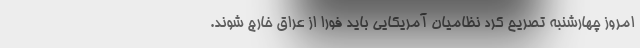
امروز چهارشنبه تصریح کرد نظامیان آمریکایی باید فورا از عراق خارج شوند.